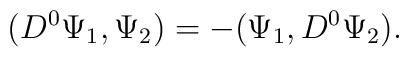
(D^{0} \Psi_{1}, \Psi_{2}) = -(\Psi_{1}, D^{0} \Psi_{2}).